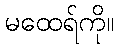
မထေရ်ကို။